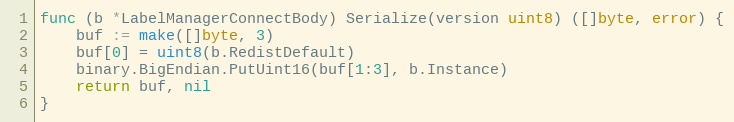
Language: Go
func (b *LabelManagerConnectBody) Serialize(version uint8) ([]byte, error) {
	buf := make([]byte, 3)
	buf[0] = uint8(b.RedistDefault)
	binary.BigEndian.PutUint16(buf[1:3], b.Instance)
	return buf, nil
}